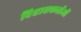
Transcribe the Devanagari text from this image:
विश्वासकर्ताओं